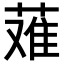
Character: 𬝴